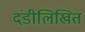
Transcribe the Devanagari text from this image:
दंडीलिखित